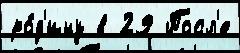
ро́д'ину в 29 Посл'е